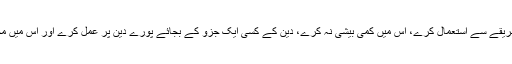
اگر یہ ملت اس نسخہ شفا کو مکمل طریقے سے استعمال کرے، اس میں کمی بیشی نہ کرے، دین کے کسی ایک جزو کے بجائے پورے دین پر عمل کرے اور اس میں محنت کرے تو حالات بدل سکتے ہیں ۔